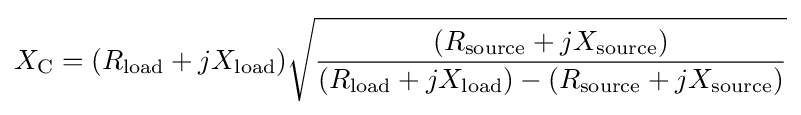
X_{\text{C}}=(R_{\text{load}}+jX_{\text{load}}){\sqrt {\frac {(R_{\text{source}}+jX_{\text{source}})}{(R_{\text{load}}+jX_{\text{load}})-(R_{\text{source}}+jX_{\text{source}})}}}